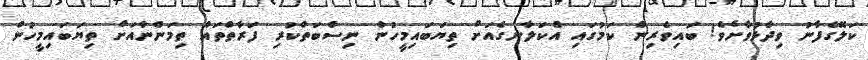
ކަލޭގެފާނު ވިދާޅުވާށެވެ! ބައިވެރިން ކަމުގައި އެކަލާނގެއަށް ތިޔަބައިމީހުން ނިސްބަތްކުރި ފަރާތްތައް ތިމަންނާއަށް ތިޔަބައިމީހުން